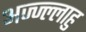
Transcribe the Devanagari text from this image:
अज्ज्ल्लाहु